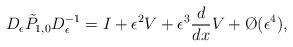
LaTeX: \begin{align*} D_\epsilon \tilde{P}_{1,0} D_\epsilon^{-1} = I + \epsilon^2 V + \epsilon^3 \frac{d}{dx}V + \O(\epsilon^4), \end{align*}